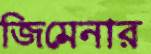
জিমেনার